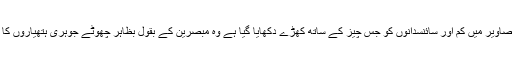
شائع شدہ تصاویر میں کم اور سائنسدانوں کو جس چیز کے ساتھ کھڑے دکھایا گیا ہے وہ مبصرین کے بقول بظاہر چھوٹے جوہری ہتھیاروں کا نمونہ ہے۔